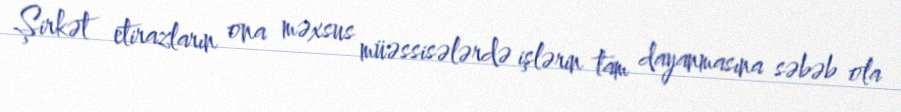
Şirkət etirazların ona məxsus müəssisələrdə işlərin tam dayanmasına səbəb ola